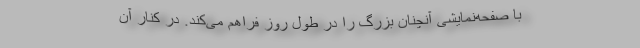
با صفحه‌نمایشی آنچنان بزرگ را در طول روز فراهم می‌کند. در کنار آن